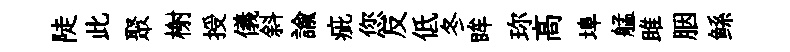
陡此聚榭授儀斜諭疵您反低冬眸珎髙埠艋雎胭鲧